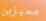
مميزين